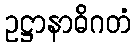
ဥဋ္ဌာနာဓိဂတံ